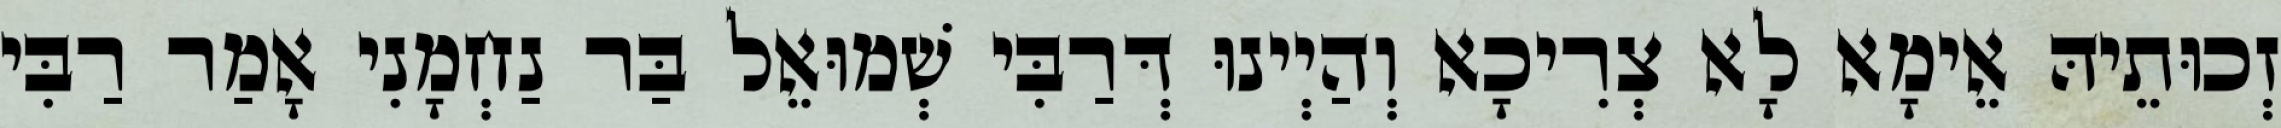
זְכוּתֵיהּ אֵימָא לָא צְרִיכָא וְהַיְינוּ דְּרַבִּי שְׁמוּאֵל בַּר נַחְמָנִי אָמַר רַבִּי